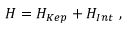
\begin{array} { r } { { \cal H } = { \cal H } _ { K e p } + { \cal H } _ { I n t } \ , } \end{array}